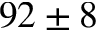
9 2 \pm 8